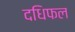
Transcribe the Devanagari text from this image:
दधिफल